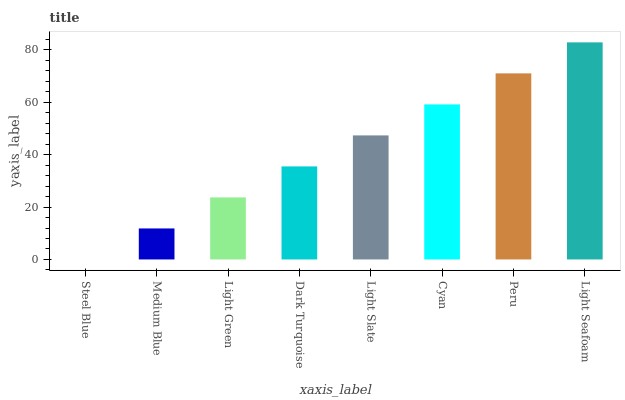
| xaxis_label | bars |
 | --- | --- |
 | Steel Blue | 0 |
 | Medium Blue | 11.8 |
 | Light Green | 23.7 |
 | Dark Turquoise | 35.5 |
 | Light Slate | 47.3 |
 | Cyan | 59.2 |
 | Peru | 71 |
 | Light Seafoam | 82.8 |